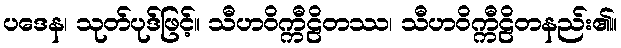
ပဒေန၊ သုတ်ပုဒ်ဖြင့်။ သီဟဝိက္ကီဠိတဿ၊ သီဟဝိက္ကီဠိတနည်း၏။